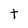
Character: t